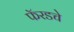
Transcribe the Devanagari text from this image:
फॅरडचे